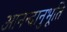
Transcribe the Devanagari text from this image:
आनन्‍दानुभूति